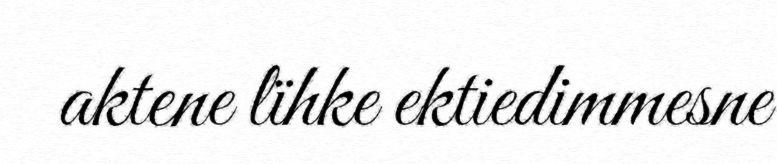
aktene lïhke ektiedimmesne